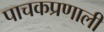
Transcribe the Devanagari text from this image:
पाचकप्रणाली